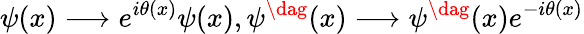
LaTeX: \psi(x)\longrightarrow e^{i\theta(x)}\psi(x),\psi^{\dag}(x)\longrightarrow\psi^{\dag}(x)e^{-i\theta(x)}